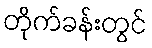
တိုက်ခန်းတွင်